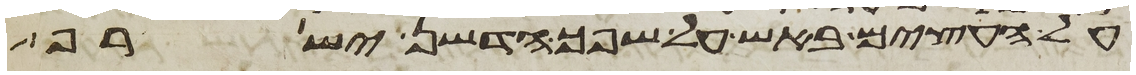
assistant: על העצים באש על שפך הדשן ישרף